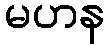
မဟန